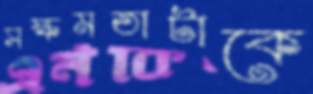
সক্ষমতাটাকে